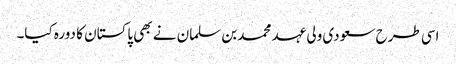
اسی طرح سعودی ولی عہد محمد بن سلمان نے بھی پاکستان کا دورہ کیا۔